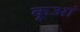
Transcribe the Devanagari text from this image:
कूआं